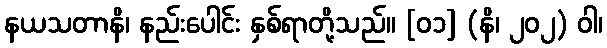
နယသတာနိ၊ နည်းပေါင်း နှစ်ရာတို့သည်။ [၀၁] (နိ၊ ၂၀၂) ဝါ၊